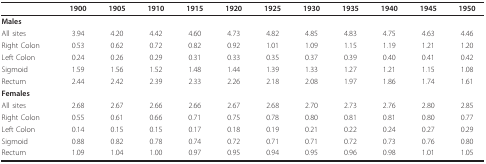
<table><thead><tr><td></td><td><b>1900</b></td><td><b>1905</b></td><td><b>1910</b></td><td><b>1915</b></td><td><b>1920</b></td><td><b>1925</b></td><td><b>1930</b></td><td><b>1935</b></td><td><b>1940</b></td><td><b>1945</b></td><td><b>1950</b></td></tr></thead><tbody><tr><td><b>Males</b></td><td></td><td></td><td></td><td></td><td></td><td></td><td></td><td></td><td></td><td></td><td></td></tr><tr><td>All sites</td><td>3.94</td><td>4.20</td><td>4.42</td><td>4.60</td><td>4.73</td><td>4.82</td><td>4.85</td><td>4.83</td><td>4.75</td><td>4.63</td><td>4.46</td></tr><tr><td>Right Colon</td><td>0.53</td><td>0.62</td><td>0.72</td><td>0.82</td><td>0.92</td><td>1.01</td><td>1.09</td><td>1.15</td><td>1.19</td><td>1.21</td><td>1.20</td></tr><tr><td>Left Colon</td><td>0.24</td><td>0.26</td><td>0.29</td><td>0.31</td><td>0.33</td><td>0.35</td><td>0.37</td><td>0.39</td><td>0.40</td><td>0.41</td><td>0.42</td></tr><tr><td>Sigmoid</td><td>1.59</td><td>1.56</td><td>1.52</td><td>1.48</td><td>1.44</td><td>1.39</td><td>1.33</td><td>1.27</td><td>1.21</td><td>1.15</td><td>1.08</td></tr><tr><td>Rectum</td><td>2.44</td><td>2.42</td><td>2.39</td><td>2.33</td><td>2.26</td><td>2.18</td><td>2.08</td><td>1.97</td><td>1.86</td><td>1.74</td><td>1.61</td></tr><tr><td><b>Females</b></td><td></td><td></td><td></td><td></td><td></td><td></td><td></td><td></td><td></td><td></td><td></td></tr><tr><td>All sites</td><td>2.68</td><td>2.67</td><td>2.66</td><td>2.66</td><td>2.67</td><td>2.68</td><td>2.70</td><td>2.73</td><td>2.76</td><td>2.80</td><td>2.85</td></tr><tr><td>Right Colon</td><td>0.55</td><td>0.61</td><td>0.66</td><td>0.71</td><td>0.75</td><td>0.78</td><td>0.80</td><td>0.81</td><td>0.81</td><td>0.80</td><td>0.77</td></tr><tr><td>Left Colon</td><td>0.14</td><td>0.15</td><td>0.15</td><td>0.17</td><td>0.18</td><td>0.19</td><td>0.21</td><td>0.22</td><td>0.24</td><td>0.27</td><td>0.29</td></tr><tr><td>Sigmoid</td><td>0.88</td><td>0.82</td><td>0.78</td><td>0.74</td><td>0.72</td><td>0.71</td><td>0.71</td><td>0.72</td><td>0.73</td><td>0.76</td><td>0.80</td></tr><tr><td>Rectum</td><td>1.09</td><td>1.04</td><td>1.00</td><td>0.97</td><td>0.95</td><td>0.94</td><td>0.95</td><td>0.96</td><td>0.98</td><td>1.01</td><td>1.05</td></tr></tbody></table>